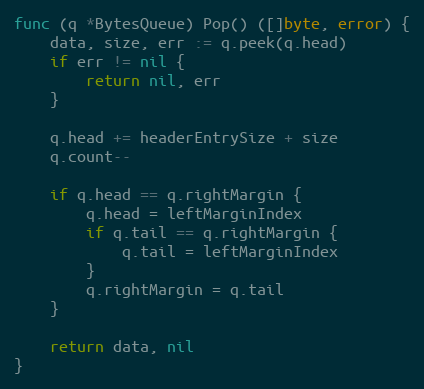
Language: Go
func (q *BytesQueue) Pop() ([]byte, error) {
	data, size, err := q.peek(q.head)
	if err != nil {
		return nil, err
	}

	q.head += headerEntrySize + size
	q.count--

	if q.head == q.rightMargin {
		q.head = leftMarginIndex
		if q.tail == q.rightMargin {
			q.tail = leftMarginIndex
		}
		q.rightMargin = q.tail
	}

	return data, nil
}